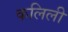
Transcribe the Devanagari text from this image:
कलिली